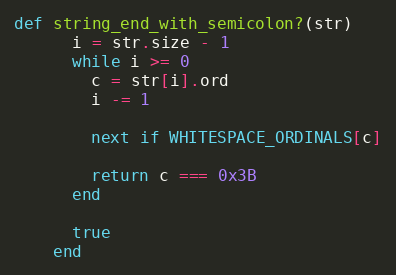
Language: Ruby
def string_end_with_semicolon?(str)
      i = str.size - 1
      while i >= 0
        c = str[i].ord
        i -= 1

        next if WHITESPACE_ORDINALS[c]

        return c === 0x3B
      end

      true
    end